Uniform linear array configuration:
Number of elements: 16
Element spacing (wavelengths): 0.5
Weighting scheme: blackman
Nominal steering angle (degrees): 60
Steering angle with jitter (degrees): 61.938
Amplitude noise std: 0.05
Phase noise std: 0.05

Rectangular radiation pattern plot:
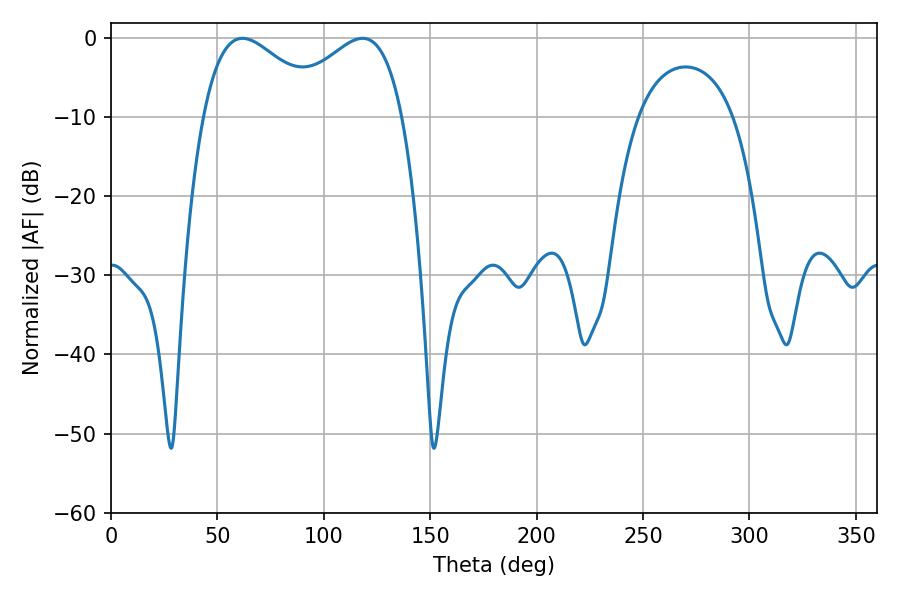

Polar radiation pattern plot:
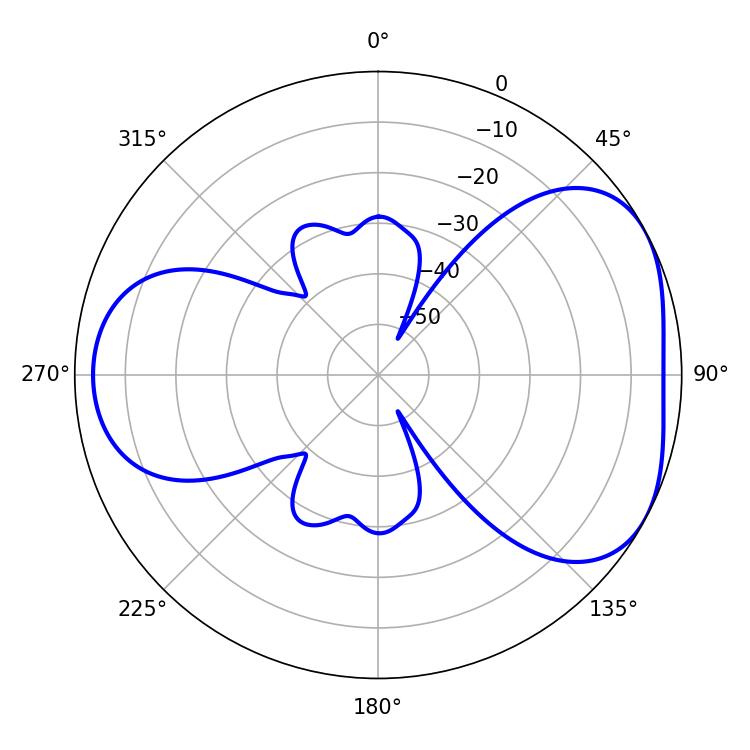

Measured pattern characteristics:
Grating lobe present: FALSE
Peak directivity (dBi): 4.494
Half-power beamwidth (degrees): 31.14
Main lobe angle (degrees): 61.74